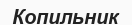
Копильник